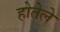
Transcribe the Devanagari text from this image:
होतेले